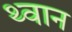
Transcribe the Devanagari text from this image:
थ्वान